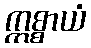
ဣစ္စာယံ